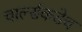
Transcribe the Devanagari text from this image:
चार्ल्सकडेच